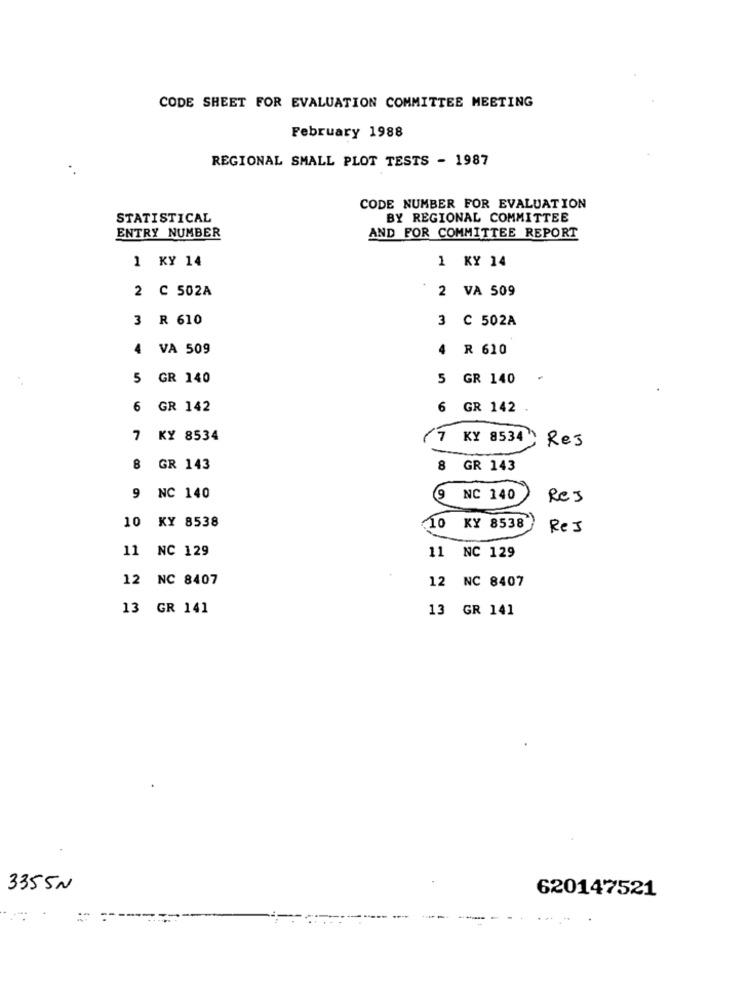
CODE SHEET FOR EVALUATION COMMITTEE MEETING
February 1988
REGIONAL SMALL PLOT TESTS - 1987
CODE NUMBER FOR EVALUATION
STATISTICAL
BY REGIONAL COMMITTEE
ENTRY NUMBER
AND FOR COMMITTEE REPORT
1 KY 14
1 KY 14
2 C 502A
2 VA 509
3 R 610
3 C 502A
4 VA 509
4 R 610
5 GR 140
5 GR 140
6 GR 142
6 GR 142 .
7 KY 8534
(7 KY 8534
Res
8
GR 143
8 GR 143
9 NC 140
9 NC 140
RCJ
10 KY 8538
(10 KY 8538
ReJ
11 NC 129
11 NC 129
12 NC 8407
12 NC 8407
13 GR 141
13 GR 141
3355N
620147521